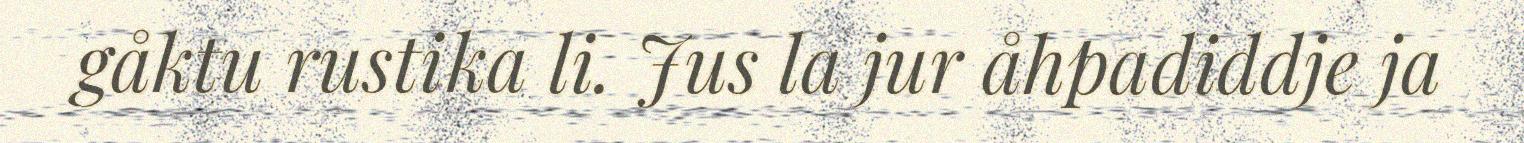
gåktu rustika li. Jus la jur åhpadiddje ja